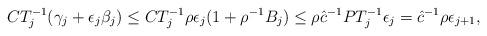
LaTeX: \begin{align*}CT^{-1}_j (\gamma_j + \epsilon_j \beta_j) \le CT^{-1}_j \rho\epsilon_j (1 + \rho^{-1} B_j) \le \rho \hat{c}^{-1} PT^{-1}_j \epsilon_j = \hat{c}^{-1} \rho \epsilon_{j+1},\end{align*}